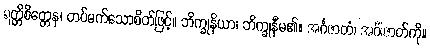
ရတ္တိစိတ္တေန၊ တပ်မက်သောစိတ်ဖြင့်။ ဘိက္ခုနိယာ၊ ဘိက္ခုနီမ၏။ အင်္ဂဇာတံ၊ အင်္ဂါဇာတ်ကို။